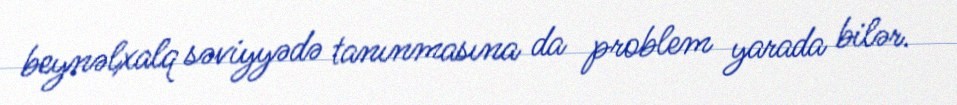
beynəlxalq səviyyədə tanınmasına da problem yarada bilər.